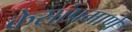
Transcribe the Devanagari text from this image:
केसांप्रमाणे